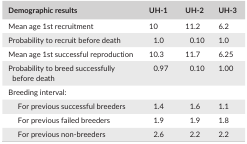
<table><thead><tr><td><b>Demographic results</b></td><td><b>UH‐1</b></td><td><b>UH‐2</b></td><td><b>UH‐3</b></td></tr></thead><tbody><tr><td>Mean age 1st recruitment</td><td>10</td><td>11.2</td><td>6.2</td></tr><tr><td>Probability to recruit before death</td><td>1.0</td><td>0.10</td><td>1.0</td></tr><tr><td>Mean age 1st successful reproduction</td><td>10.3</td><td>11.7</td><td>6.25</td></tr><tr><td>Probability to breed successfully before death</td><td>0.97</td><td>0.10</td><td>1.00</td></tr><tr><td colspan="4">Breeding interval:</td></tr><tr><td>For previous successful breeders</td><td>1.4</td><td>1.6</td><td>1.1</td></tr><tr><td> For previous failed breeders</td><td>1.9</td><td>1.9</td><td>1.8</td></tr><tr><td> For previous non‐breeders</td><td>2.6</td><td>2.2</td><td>2.2</td></tr></tbody></table>